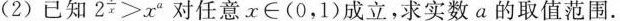
(2)已知 $$2^{\frac{1}{x}}>x^{a}$$ 对任意x∈(0，1)成立，求实数a的取值范围。